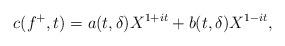
LaTeX: \begin{align*} c(f^{+},t) = a(t, \delta)X^{1+it} + b(t,\delta)X^{1-it}, \end{align*}